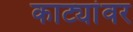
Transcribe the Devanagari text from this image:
काट्यांवर